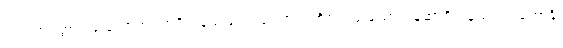
ဩဒါတဝတ္ထာ၊ ဖြူသောအဝတ်ရှိကုန်သည်။ ဩဒါတလင်္ကရာ၊ ဖြူသောတန်ဆာရှိကုန်သည်။ ဟောန္တိ၊